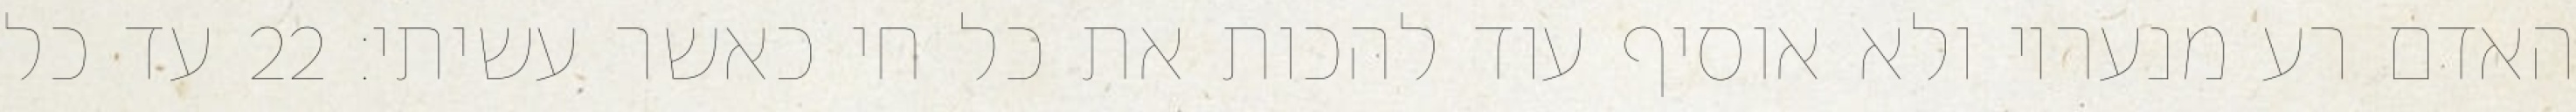
האדם רע מנעריו ולא אוסיף עוד להכות את כל חי כאשר עשיתי׃ ‎22‏ עד כל